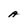
Character: A